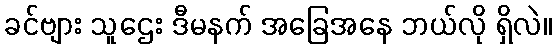
ခင်ဗျား သူဌေး ဒီမနက် အခြေအနေ ဘယ်လို ရှိလဲ။